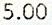
5.00